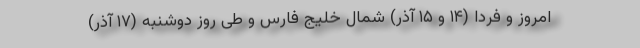
امروز و فردا (۱۴ و ۱۵ آذر) شمال خلیج فارس و طی روز دوشنبه (۱۷ آذر)